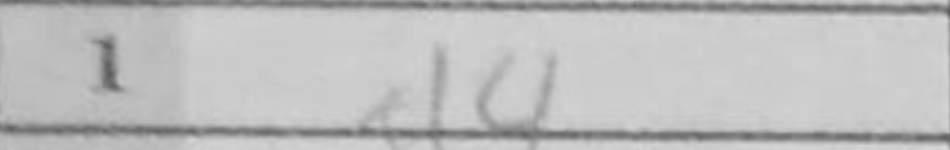
Transcription: d4